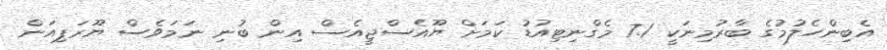
އެބިންހެލުމުގެ ބާރުމިނަކީ 7.1 މެގްނިޓިއުޑު ކަމަށް ޔޫއެސްޖީއެސް އިން ބުނި ނަމަވެސް ޔޫރަޕިއަން